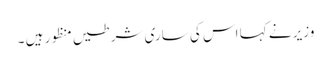
وزیر نے کہا اس کی ساری شرطیں منظور ہیں ۔